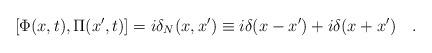
LaTeX: \begin{align*}[\Phi (x,t),\Pi (x^{\prime },t)]=i\delta _{N}(x,x^{\prime })\equiv i\delta (x-x^{\prime })+i\delta (x+x^{\prime })\quad .\end{align*}